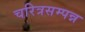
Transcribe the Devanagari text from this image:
चरित्रसम्पन्न